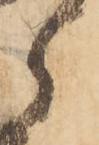
郎